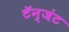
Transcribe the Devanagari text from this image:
टॅन्जंट